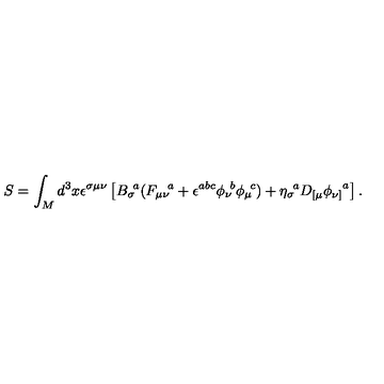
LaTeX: S = \int _ { M } d ^ { 3 } x \epsilon ^ { \sigma \mu \nu } \left[ { B _ { \sigma } } \! ^ { a } ( { F _ { \mu \nu } } \! ^ { a } + \epsilon ^ { a b c } { \phi _ { \nu } } \! ^ { b } { \phi _ { \mu } } \! ^ { c } ) + { \eta _ { \sigma } } \! ^ { a } D _ { [ \mu } { \phi _ { \nu ] } } ^ { a } \right] .